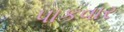
પાકવાર